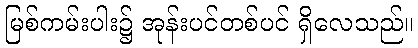
မြစ်ကမ်းပါး၌ အုန်းပင်တစ်ပင် ရှိလေသည်။